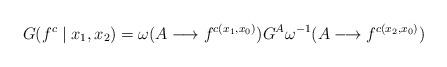
LaTeX: \begin{align*}G(f^{c} \mid x_{1}, x_{2}) = \omega(A \longrightarrow f^{c(x_{1},x_{0})}) G^{A} \omega^{-1}(A \longrightarrow f^{c(x_{2}, x_{0})})\end{align*}